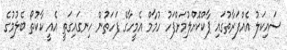
ސައިކަލު އެއްފަރާތުގައި ޕާކްކޮށްލުމަށްފަހު ހުމާމް އެމީހާގެ ފަހަތުން ހިނގައިގަތީ އެއީ ކާކުތޯ ބެލުމުގެ